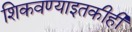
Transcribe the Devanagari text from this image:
शिकवण्याइतकीही